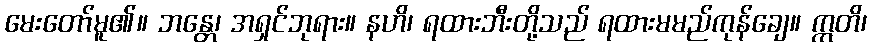
မေးတော်မူ၏။ ဘန္တေ၊ အရှင်ဘုရား။ နဟိ၊ ရထားဘီးတို့သည် ရထားမမည်ကုန်ချေ။ ဣတိ၊